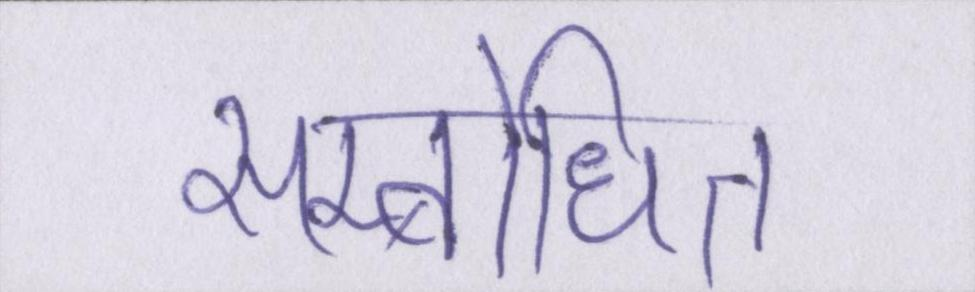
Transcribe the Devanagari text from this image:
सम्बोधित